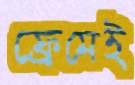
ফ্রেমেই